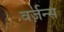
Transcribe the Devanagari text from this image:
वर्ज़न्स